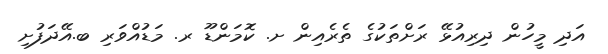
އަދި މީހުން ދިރިއުޅޭ ރަށްތަކުގެ ތެރެއިން ށ. ކޮމަންޑޫ ރ. މަޑުއްވަރި ބ.އޭދަފުށި